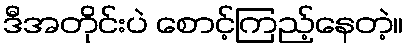
ဒီအတိုင်းပဲ စောင့်ကြည့်နေတဲ့။